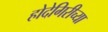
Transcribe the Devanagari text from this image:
होदेगिरीच्या